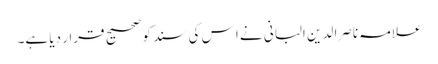
علامہ ناصرا لدین البانی نے ا س کی سند کو صحیح قرار دیا ہے۔